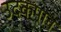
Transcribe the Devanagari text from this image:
उदकपान